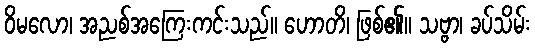
ဝိမလော၊ အညစ်အကြေးကင်းသည်။ ဟောတိ၊ ဖြစ်၏။ သဗ္ဗာ၊ ခပ်သိမ်း